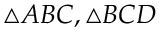
\triangle A B C , \triangle B C D